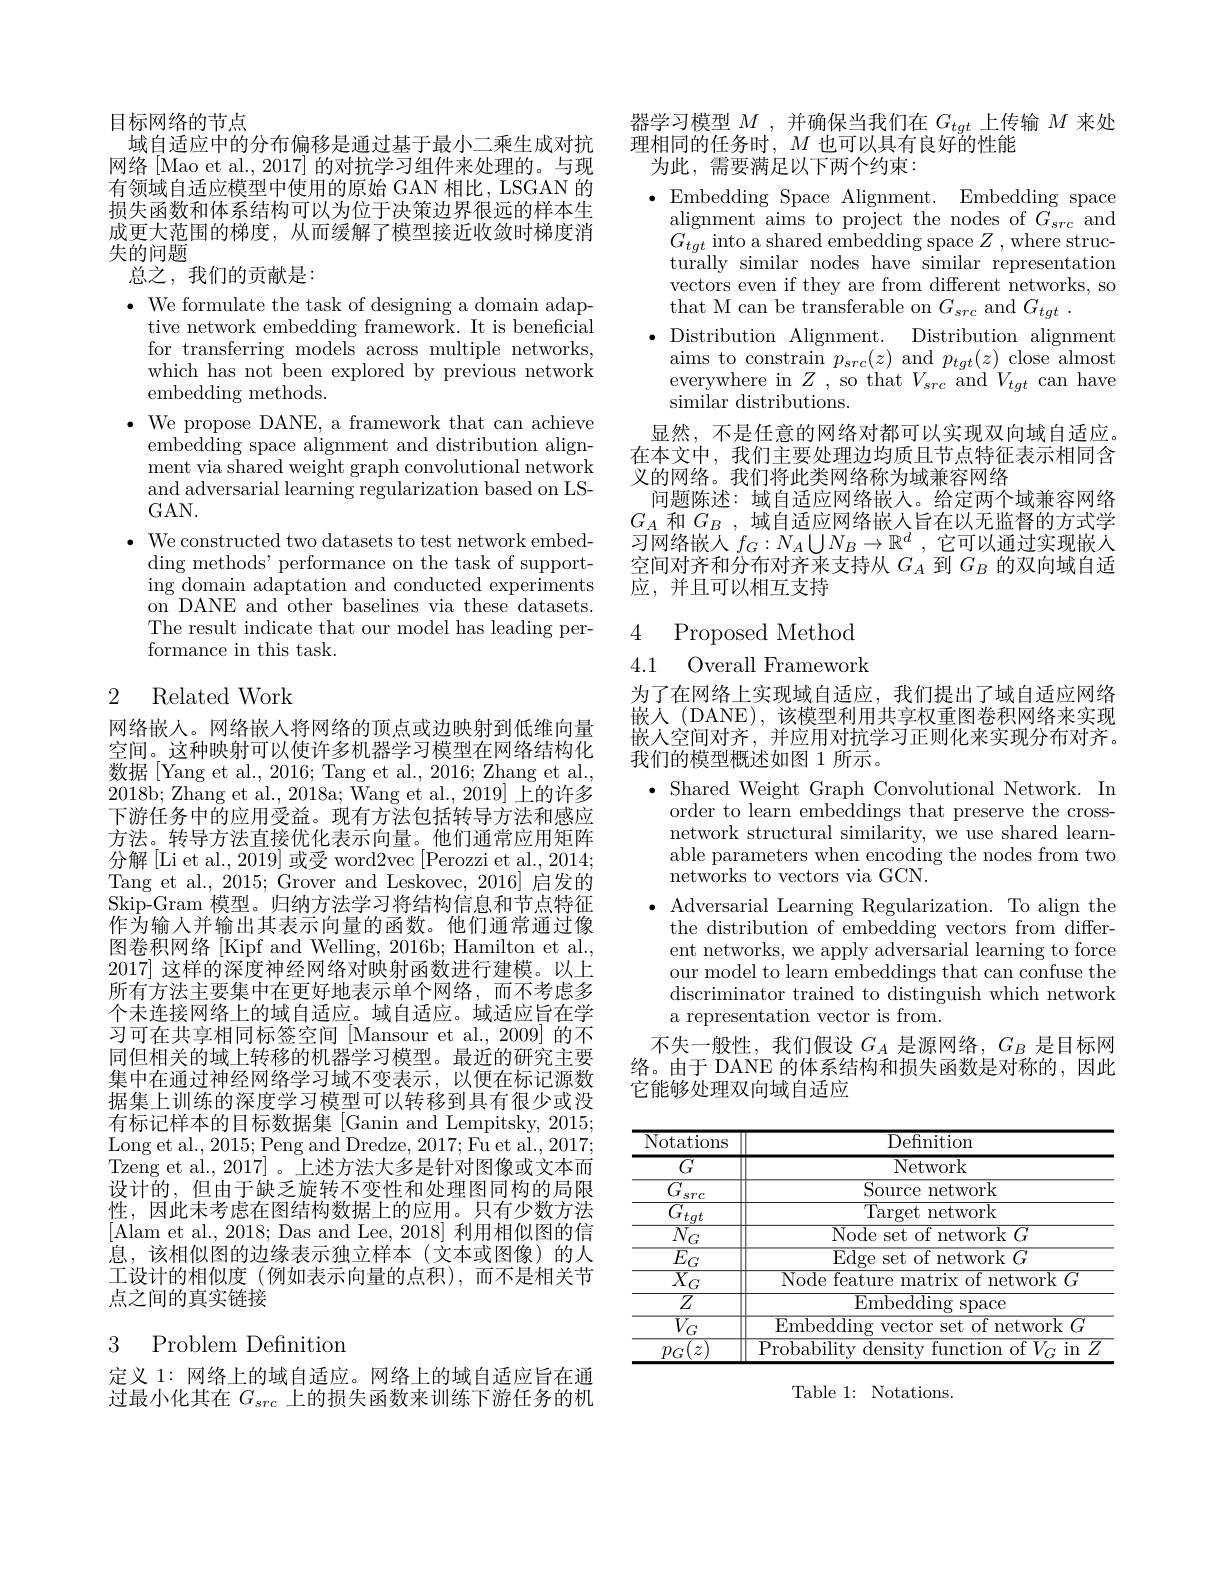
目标网络的节点
域自适应中的分布偏移是通过基于最小二乘生成对抗网络[Mao et al., 2017] 的对抗学习组件来处理的。与现有领域自适应模型中使用的原始 GAN 相比，LSGAN 的损失函数和体系结构可以为位于决策边界很远的样本生成更大范围的梯度，从而缓解了模型接近收敛时梯度消失的问题
总之，我们的贡献是：

$\bullet$ We formulate the task of designing a domain adap-
tive network embedding framework. It is beneficial for transferring models across multiple networks, which has not been explored by previous network embedding methods.
$\bullet$ We propose DANE, a framework that can achieve
embedding space alignment and distribution alignment via shared weight graph convolutional network and adversarial learning regularization based on LSGAN.
$\cdot$ We constructed two datasets to test network embedding methods' performance on the task of support- $\operatorname{ing}$ domain adaptation and conducted experiments on DANE and other baselines via these datasets. The result indicate that our model has leading performance in this task.

## 2 Related Work

网络嵌入。网络嵌人将网络的顶点或边映射到低维向量空间。这种映射可以使许多机器学习模型在网络结构化数据[Yang et al., 2016; Tang et al., 2016; Zhang et al., 2018b; Zhang et al., 2018a; Wang et al., 2019] 上的许多下游任务中的应用受益。现有方法包括转导方法和感应方法。转导方法直接优化表示向量。他们通常应用矩阵分解[Li et al., 2019] 或受 word2vec [Perozzi et al., 2014; Tang et al., 2015;Grover and Leskovec, 2016] 启发的Skip-Gram 模型。归纳方法学习将结构信息和节点特征作为输人并输出其表示向量的函数。他们通常通过像图卷积网络[Kipf and Welling, 2016b; Hamilton et al., 2017] 这样的深度神经网络对映射函数进行建模。以上所有方法主要集中在更好地表示单个网络，而不考虑多个未连接网络上的域自适应。域自适应。域适应旨在学习可在共享相同标签空间 [Mansour et al.,2009] 的不同但相关的域上转移的机器学习模型。最近的研究主要集中在通过神经网络学习域不变表示，以便在标记源数据集上训练的深度学习模型可以转移到具有很少或没有标记样本的目标数据集 [Ganin and Lempitsky, 2015; $\operatorname{Long~et~al.,~2015;~Peng~and~Dredze,~2017;~Fu~et~al.,~2017;}$ Tzeng et al., 2017]。上述方法大多是针对图像或文本而设计的，但由于缺乏旋转不变性和处理图同构的局限性，因此未考虑在图结构数据上的应用。只有少数方法[Alam et al., 2018; Das and Lee, 2018] 利用相似图的信息，该相似图的边缘表示独立样本(文本或图像)的人工设计的相似度(例如表示向量的点积),而不是相关节点之间的真实链接

## 3 Problem Definition

定义 1: 网络上的域自适应。网络上的域自适应旨在通过最小化其在$G_{src}$上的损失函数来训练下游任务的机

器学习模型$M$ ,并确保当我们在$G_tgt$上传输$M$来处
理相同的任务时$,M$ 也可以具有良好的性能
为此，需要满足以下两个约束：

$\bullet$Embedding Space Alignment. Embedding space
alignment aims to project the nodes of $G_{src}$ and $G_{tgt}$ into a shared embedding space $Z$,where structurally similar nodes have similar representation vectors even if they are from different networks, so that M can be transferable on $G_{src}$ and $G_{tgt}.$
$\bullet$ Distribution Alignment. Distribution alignment
aims to constrain $p_{src}(z)$ and $p_{tgt}(z)$ close almost everywhere in $Z$ , so that $V_{src}$ and $V_{tgt}$ can have similar distributions.
显然，不是任意的网络对都可以实现双向域自适应。在本文中，我们主要处理边均质且节点特征表示相同含义的网络。我们将此类网络称为域兼容网络
问题陈述：域自适应网络嵌入。给定两个域兼容网络$G_{A}$和$G_B$,域自适应网络嵌人旨在以无监督的方式学习网络嵌人$f_G:N_A\bigcup N_B\to\mathbb{R}^d$ ,它可以通过实现嵌人空间对齐和分布对齐来支持从$G_A$到$G_B$的双向域自适应，并且可以相互支持

### 4 Proposed Method 4.1 Overall Framework

为了在网络上实现域自适应，我们提出了域自适应网络嵌入 (DANE), 该模型利用共享权重图卷积网络来实现嵌人空间对齐，并应用对抗学习正则化来实现分布对齐。我们的模型概述如图 1 所示。
$\bullet$ Shared Weight Graph Convolutional Network. In
order to learn embeddings that preserve the crossnetwork structural similarity, we use shared learnable parameters when encoding the nodes from two networks to vectors via GCN.
$\bullet$ Adversarial Learning Regularization. To align the
the distribution of embedding vectors from different networks, we apply adversarial learning to force our model to learn embeddings that can confuse the discriminator trained to distinguish which network a representation vector is from.
不失一般性，我们假设$G_A$是源网络，$G_B$是目标网络。由于 DANE 的体系结构和损失函数是对称的，因此它能够处理双向域自适应

<table>
	<tbody>
		<tr>
			<th>Notations</th>
			<th>$\overline{{\mathrm{Definition}}}$</th>
		</tr>
		<tr>
			<td>$\overline{G}$</td>
			<td>Network</td>
		</tr>
		<tr>
			<td>$G$ $\mathbf{s}TC$</td>
			<td>Source network</td>
		</tr>
		<tr>
			<td>$\overline{G_{tqt}}$</td>
			<td>Target network</td>
		</tr>
		<tr>
			<td>$\overline{N_{G}}$</td>
			<td>Node set of network $G$</td>
		</tr>
		<tr>
			<td>$\mathbf{V}G$</td>
			<td>L $E_{t}$ $C$</td>
		</tr>
		<tr>
			<td>$LU_{G}$ $\overline{X_{C}}$</td>
			<td>Lugc Node featur $\mathop{\mathrm{trix~of~network~G}}$</td>
		</tr>
		<tr>
			<td>$^{**}\mathbf{U}$ $\overline{Z}$</td>
			<td>$\overline{{\mathrm{Embedding~sp}}}$ snace</td>
		</tr>
		<tr>
			<td>$\overline{V_{G}}$</td>
			<td>Embedding w vertor set $\mathop{\text{t of network }G}$</td>
		</tr>
		<tr>
			<td>$p_{G}$ $z$</td>
			<td>Probability density function of $V_G$ in 2</td>
		</tr>
	</tbody>
</table>

Table 1: Notations.